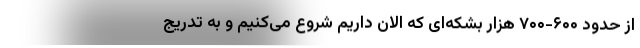
از حدود ۶۰۰-۷۰۰ هزار بشکه‌ای که الان داریم شروع می‌کنیم و به تدریج